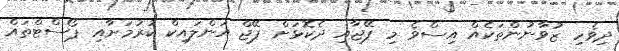
ދިވެހި ޒުވާނުންތަކެއް އިސްވެ މި ޕޭޖާއި ދެކޮޅަށް ޕޭޖް އަންލައިކް ކުރުމަށާއި ޕޯސްޓްތައް